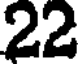
22